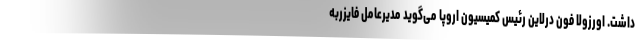
داشت. اورزولا فون درلاین رئیس کمیسیون اروپا می‌گوید مدیرعامل فایزربه